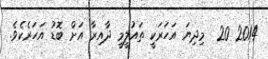
2014 20  މިދިޔަ އަހަރަކީ ތައުލީމީ ދާއިރާ އަށް ބޮޑު އަހަރެކެވެ.